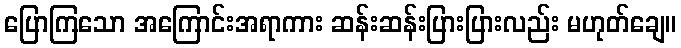
ပြောကြသော အကြောင်းအရာကား ဆန်းဆန်းပြားပြားလည်း မဟုတ်ချေ။